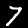
Label: 7